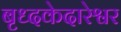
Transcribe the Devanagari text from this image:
बृध्दकेदारेश्वर